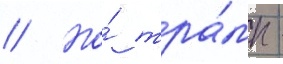
// Но́ тра́мп -